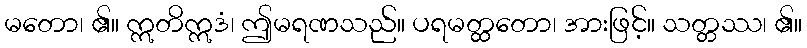
မတော၊ ၏။ ဣတိဣဒံ၊ ဤမရဏသည်။ ပရမတ္ထတော၊ အားဖြင့်။ သတ္တဿ၊ ၏။